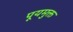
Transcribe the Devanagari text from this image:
पूयमुक्त